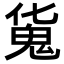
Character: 𩲜